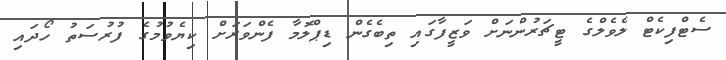
ސެޓްފިކެޓް ލެވެލްގެ ޓީޗަރުންނަށް ވަޒީފާގައި ތިބެގެން ޑިޕްލޮމާ ފެންވަރަށް ކިޔެވުމުގެ ފުރުސަތު ހޯދައި